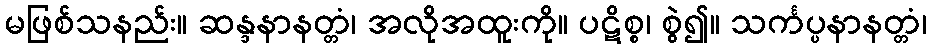
မဖြစ်သနည်း။ ဆန္ဒနာနတ္တံ၊ အလိုအထူးကို။ ပဋိစ္စ၊ စွဲ၍။ သင်္ကပ္ပနာနတ္တံ၊